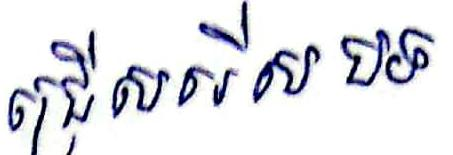
ជ្រើសរើស បទ